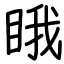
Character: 睋